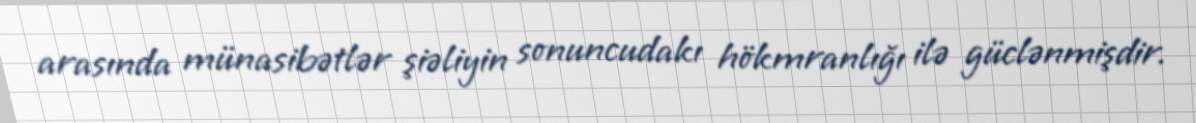
arasında münasibətlər şiəliyin sonuncudakı hökmranlığı ilə güclənmişdir.